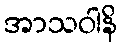
အာသဝါနိ